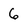
Character: 6